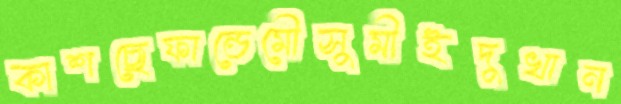
কাশছেফান্ডেমৌসুমীইদুখান